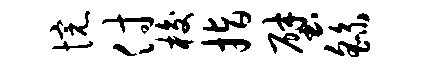
惋付梭指壁繇